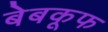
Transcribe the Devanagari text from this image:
बेबकूफ